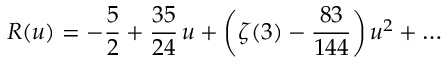
R ( u ) = - { \frac { 5 } { 2 } } + { \frac { 3 5 } { 2 4 } } \, u + \bigg ( \zeta ( 3 ) - { \frac { 8 3 } { 1 4 4 } } \bigg ) \, u ^ { 2 } + \dots